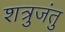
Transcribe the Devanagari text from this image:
शत्रुजंतु